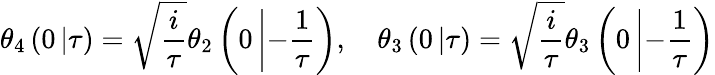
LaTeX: \theta_{4}\left(0\left|\tau\right.\right)=\sqrt{\frac{i}{\tau}}\theta_{2}\left(0\left|-\frac{1}{\tau}\right.\right),\quad\theta_{3}\left(0\left|\tau\right.\right)=\sqrt{\frac{i}{\tau}}\theta_{3}\left(0\left|-\frac{1}{\tau}\right.\right)